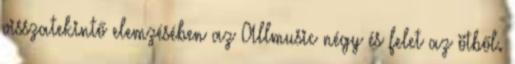
visszatekintő elemzésében az Allmusic négy és felet az ötből.